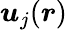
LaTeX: \boldsymbol{u}_{j}(\boldsymbol{r})